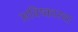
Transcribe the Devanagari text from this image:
अविष्कारचा